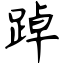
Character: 踔